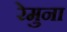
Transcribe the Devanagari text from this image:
रेमुना